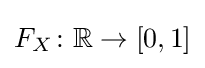
F_{X}\colon \mathbb {R} \to [0,1]